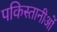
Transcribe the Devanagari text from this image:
पकिस्तानीओं